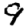
Digit: 9